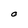
Character: O